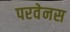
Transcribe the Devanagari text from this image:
परवेनस